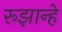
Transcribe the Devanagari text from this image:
रूझान्हे